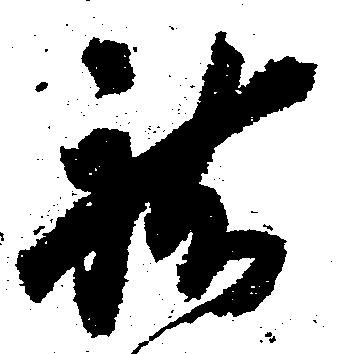
祐